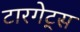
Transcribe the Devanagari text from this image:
टारगेट्स